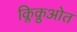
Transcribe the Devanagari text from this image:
क्लिक़ुओत